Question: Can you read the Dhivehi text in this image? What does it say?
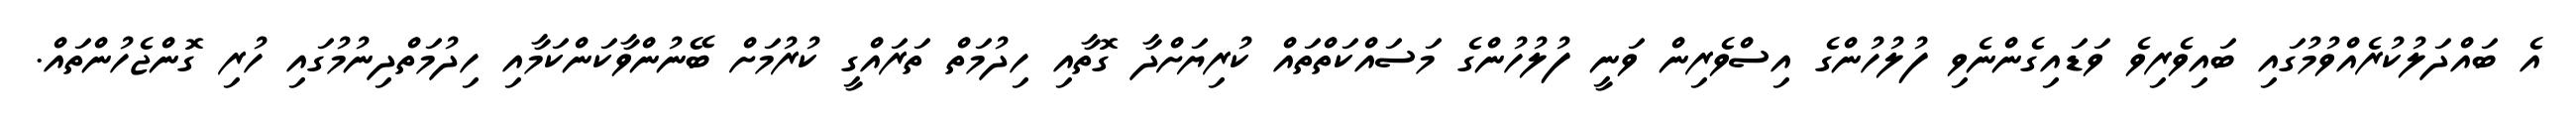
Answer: އެ ބައްދަލުކުރެއްވުމުގައި ބައިވެރިވެ ވަޑައިގެންނެވި ފުލުހުންގެ އިސްވެރިން ވަނީ ފުލުހުންގެ މަސައްކަތްތައް ކުރިޔަށްދާ ގޮތާއި ހިދުމަތް ތަރައްގީ ކުރުމަށް ބޭނުންވާކަންކަމާއި ހިދުމަތްދިނުމުގައި ހުރި ގޮންޖެހުންތައް.